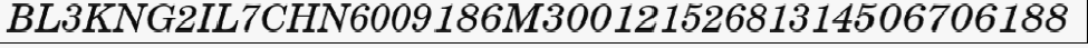
BL3KNG2IL7CHN6009186M30012152681314506706188